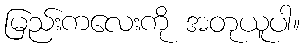
မြည်းကလေးကို အတုယူပါ။